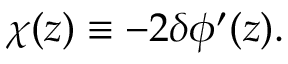
\chi ( z ) \equiv - 2 \delta \phi ^ { \prime } ( z ) .